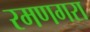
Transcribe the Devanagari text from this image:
रमणगरा